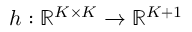
h : \mathbb { R } ^ { K \times K } \to \mathbb { R } ^ { K + 1 }